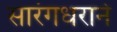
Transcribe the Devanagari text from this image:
सारंगधराने